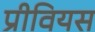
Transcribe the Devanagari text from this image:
प्रीवियस